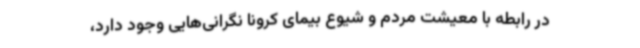
در رابطه با معیشت مردم و شیوع بیمای کرونا نگرانی‌هایی وجود دارد،